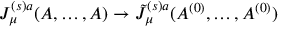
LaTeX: J _ { \mu } ^ { ( s ) a } ( A , \ldots , A ) \rightarrow \tilde { J } _ { \mu } ^ { ( s ) a } ( A ^ { ( 0 ) } , \ldots , A ^ { ( 0 ) } )